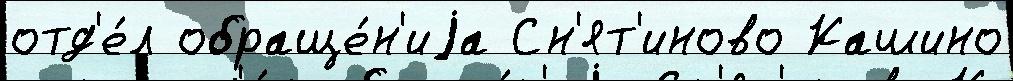
отд'е́л обраще́н'иjа Сн'ят'иново Кашино